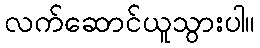
လက်ဆောင်ယူသွားပါ။